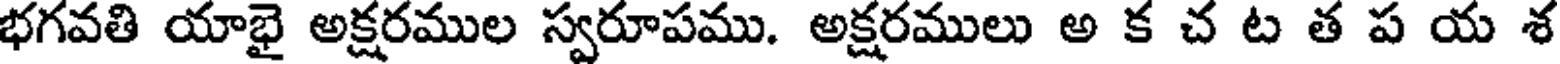
భగవతి యాభై అక్షరముల స్వరూపము. అక్షరములు అ క చ ట త ప య శ